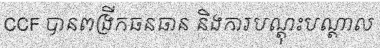
CCF បានពង្រីកធនធាន និងការបណ្តុះបណ្តាល